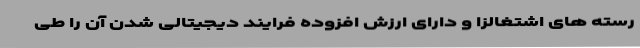
رسته های اشتغالزا و دارای ارزش افزوده فرایند دیجیتالی شدن آن را طی